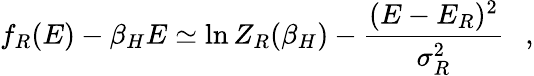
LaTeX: f_{R}(E)-\beta_{H}E\simeq\ln Z_{R}(\beta_{H})-{\frac{(E-E_{R})^{2}}{\sigma_{R}^{2}}}~~~,